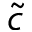
\tilde { c }